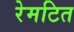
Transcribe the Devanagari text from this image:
रेमटित